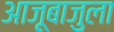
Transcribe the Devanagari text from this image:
आजूबाजुला